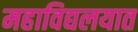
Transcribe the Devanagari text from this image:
महाविद्यलयात